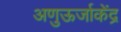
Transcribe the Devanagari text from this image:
अणुऊर्जाकेंद्र